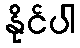
နိုင်ပါ